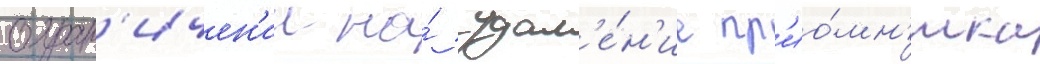
огран'ичен'ии на́ удал'е́н'ие пр'ио́мн'ика